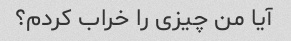
آیا من چیزی را خراب کردم؟